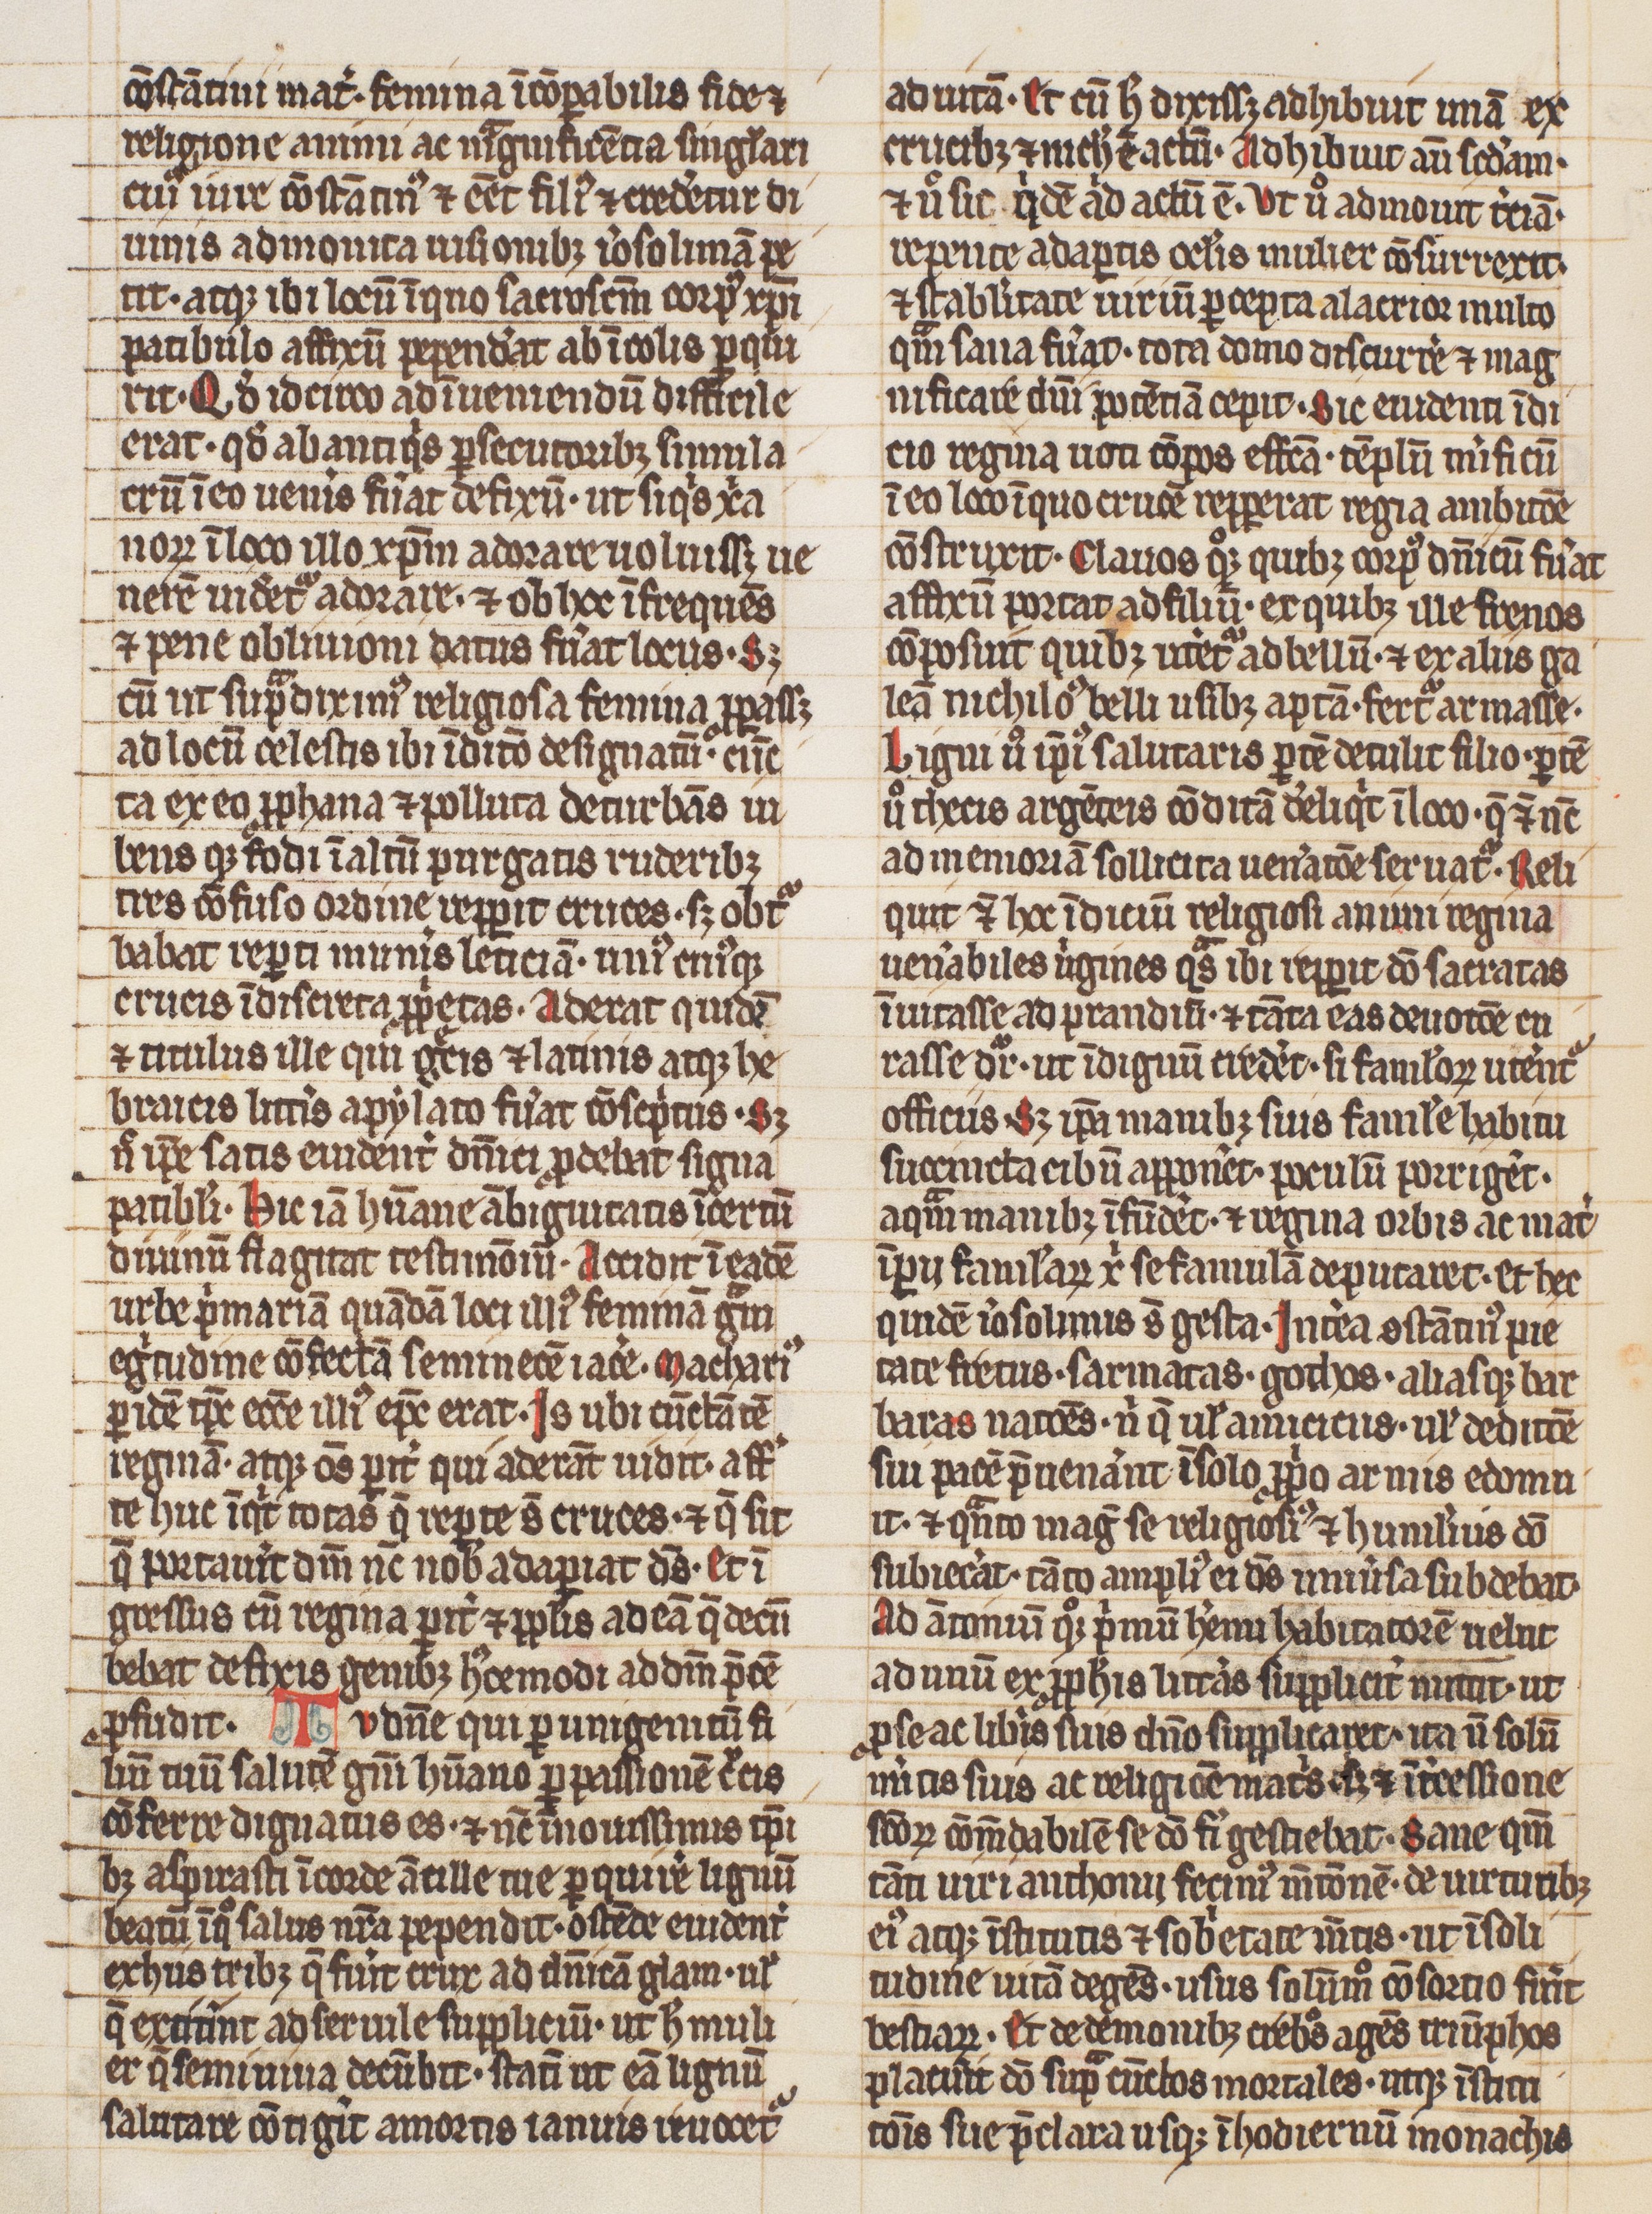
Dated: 1300–1399